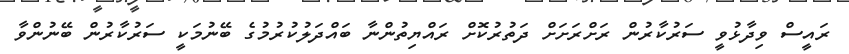
ރައީސް ވިދާޅުވީ ސަރުކާރުން ރަށްރަށަށް ދަތުރުކޮށް ރައްޔިތުންނާ ބައްދަލުކުރުމުގެ ބޭނުމަކީ ސަރުކާރުން ބޭނުންވާ